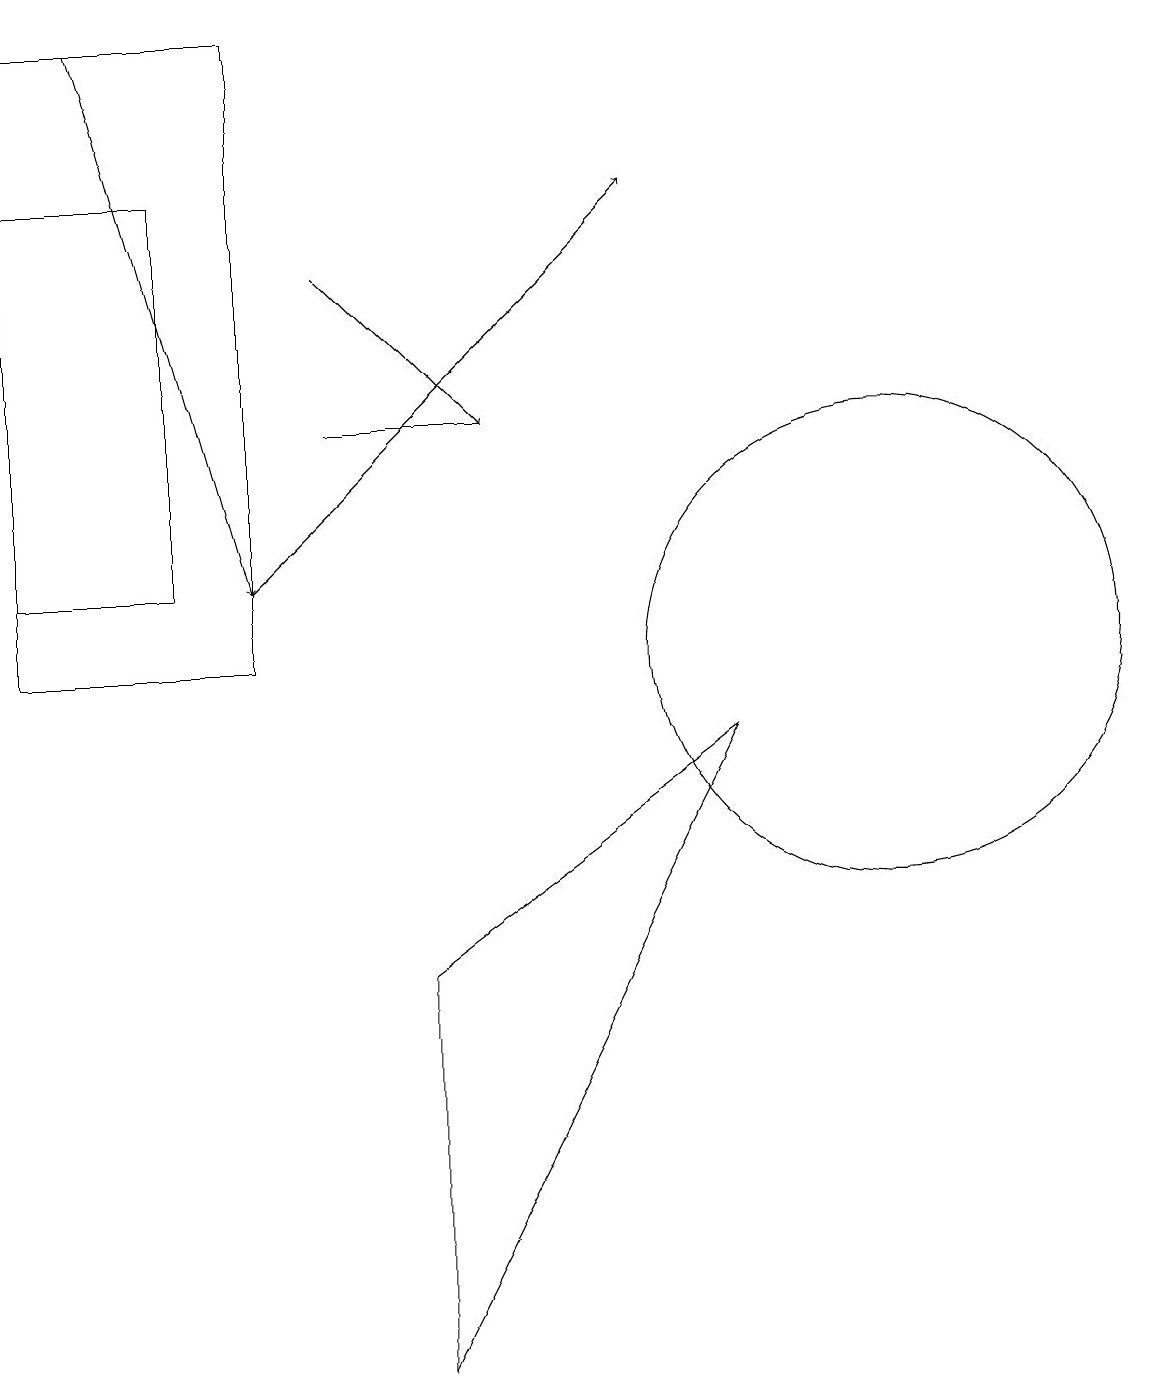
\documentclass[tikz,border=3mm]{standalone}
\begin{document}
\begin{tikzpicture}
\draw[->] (1,18) -- (3,11);
\draw[->] (4,15) -- (6,13);
\draw[->] (3,11) -- (8,16);
\draw (11,10) circle (3);
\draw (4,13) rectangle (6,13);
\draw (9,9) -- (5,6) -- (5,1) -- cycle;
\draw (2,11) rectangle (0,16);
\draw (3,10) rectangle (0,18);
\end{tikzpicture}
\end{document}